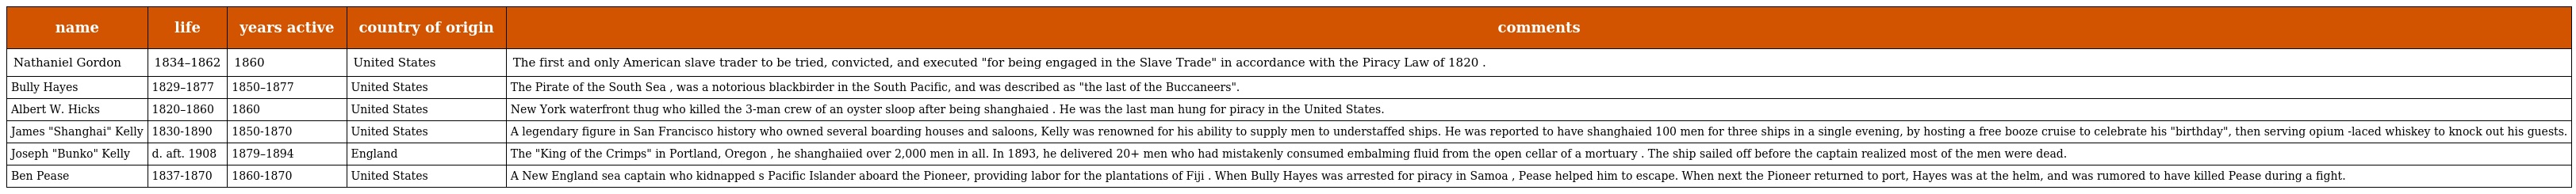
| name | life | years active | country of origin | comments |
 | --- | --- | --- | --- | --- |
 | Nathaniel Gordon | 1834–1862 | 1860 | United States | The first and only American slave trader to be tried, convicted, and executed "for being engaged in the Slave Trade" in accordance with the Piracy Law of 1820 . |
 | Bully Hayes | 1829–1877 | 1850–1877 | United States | The Pirate of the South Sea , was a notorious blackbirder in the South Pacific, and was described as "the last of the Buccaneers". |
 | Albert W. Hicks | 1820–1860 | 1860 | United States | New York waterfront thug who killed the 3-man crew of an oyster sloop after being shanghaied . He was the last man hung for piracy in the United States. |
 | James "Shanghai" Kelly | 1830-1890 | 1850-1870 | United States | A legendary figure in San Francisco history who owned several boarding houses and saloons, Kelly was renowned for his ability to supply men to understaffed ships. He was reported to have shanghaied 100 men for three ships in a single evening, by hosting a free booze cruise to celebrate his "birthday", then serving opium -laced whiskey to knock out his guests. |
 | Joseph "Bunko" Kelly | d. aft. 1908 | 1879–1894 | England | The "King of the Crimps" in Portland, Oregon , he shanghaiied over 2,000 men in all. In 1893, he delivered 20+ men who had mistakenly consumed embalming fluid from the open cellar of a mortuary . The ship sailed off before the captain realized most of the men were dead. |
 | Ben Pease | 1837-1870 | 1860-1870 | United States | A New England sea captain who kidnapped s Pacific Islander aboard the Pioneer, providing labor for the plantations of Fiji . When Bully Hayes was arrested for piracy in Samoa , Pease helped him to escape. When next the Pioneer returned to port, Hayes was at the helm, and was rumored to have killed Pease during a fight. |